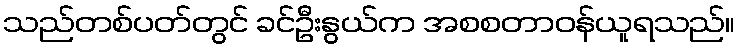
သည်တစ်ပတ်တွင် ခင်ဦးနွယ်က အစစတာဝန်ယူရသည်။